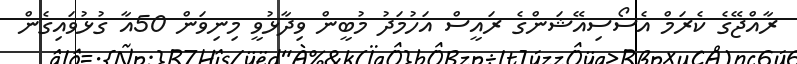
ރާއްޖޭގެ ކެރަމް އެސޯސިއޭޝަންގެ ރައީސް އަހުމަދު މުބީން ވިދާޅުވީ މިނިވަން 50އާ ގުޅުވައިގެން